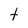
Character: t